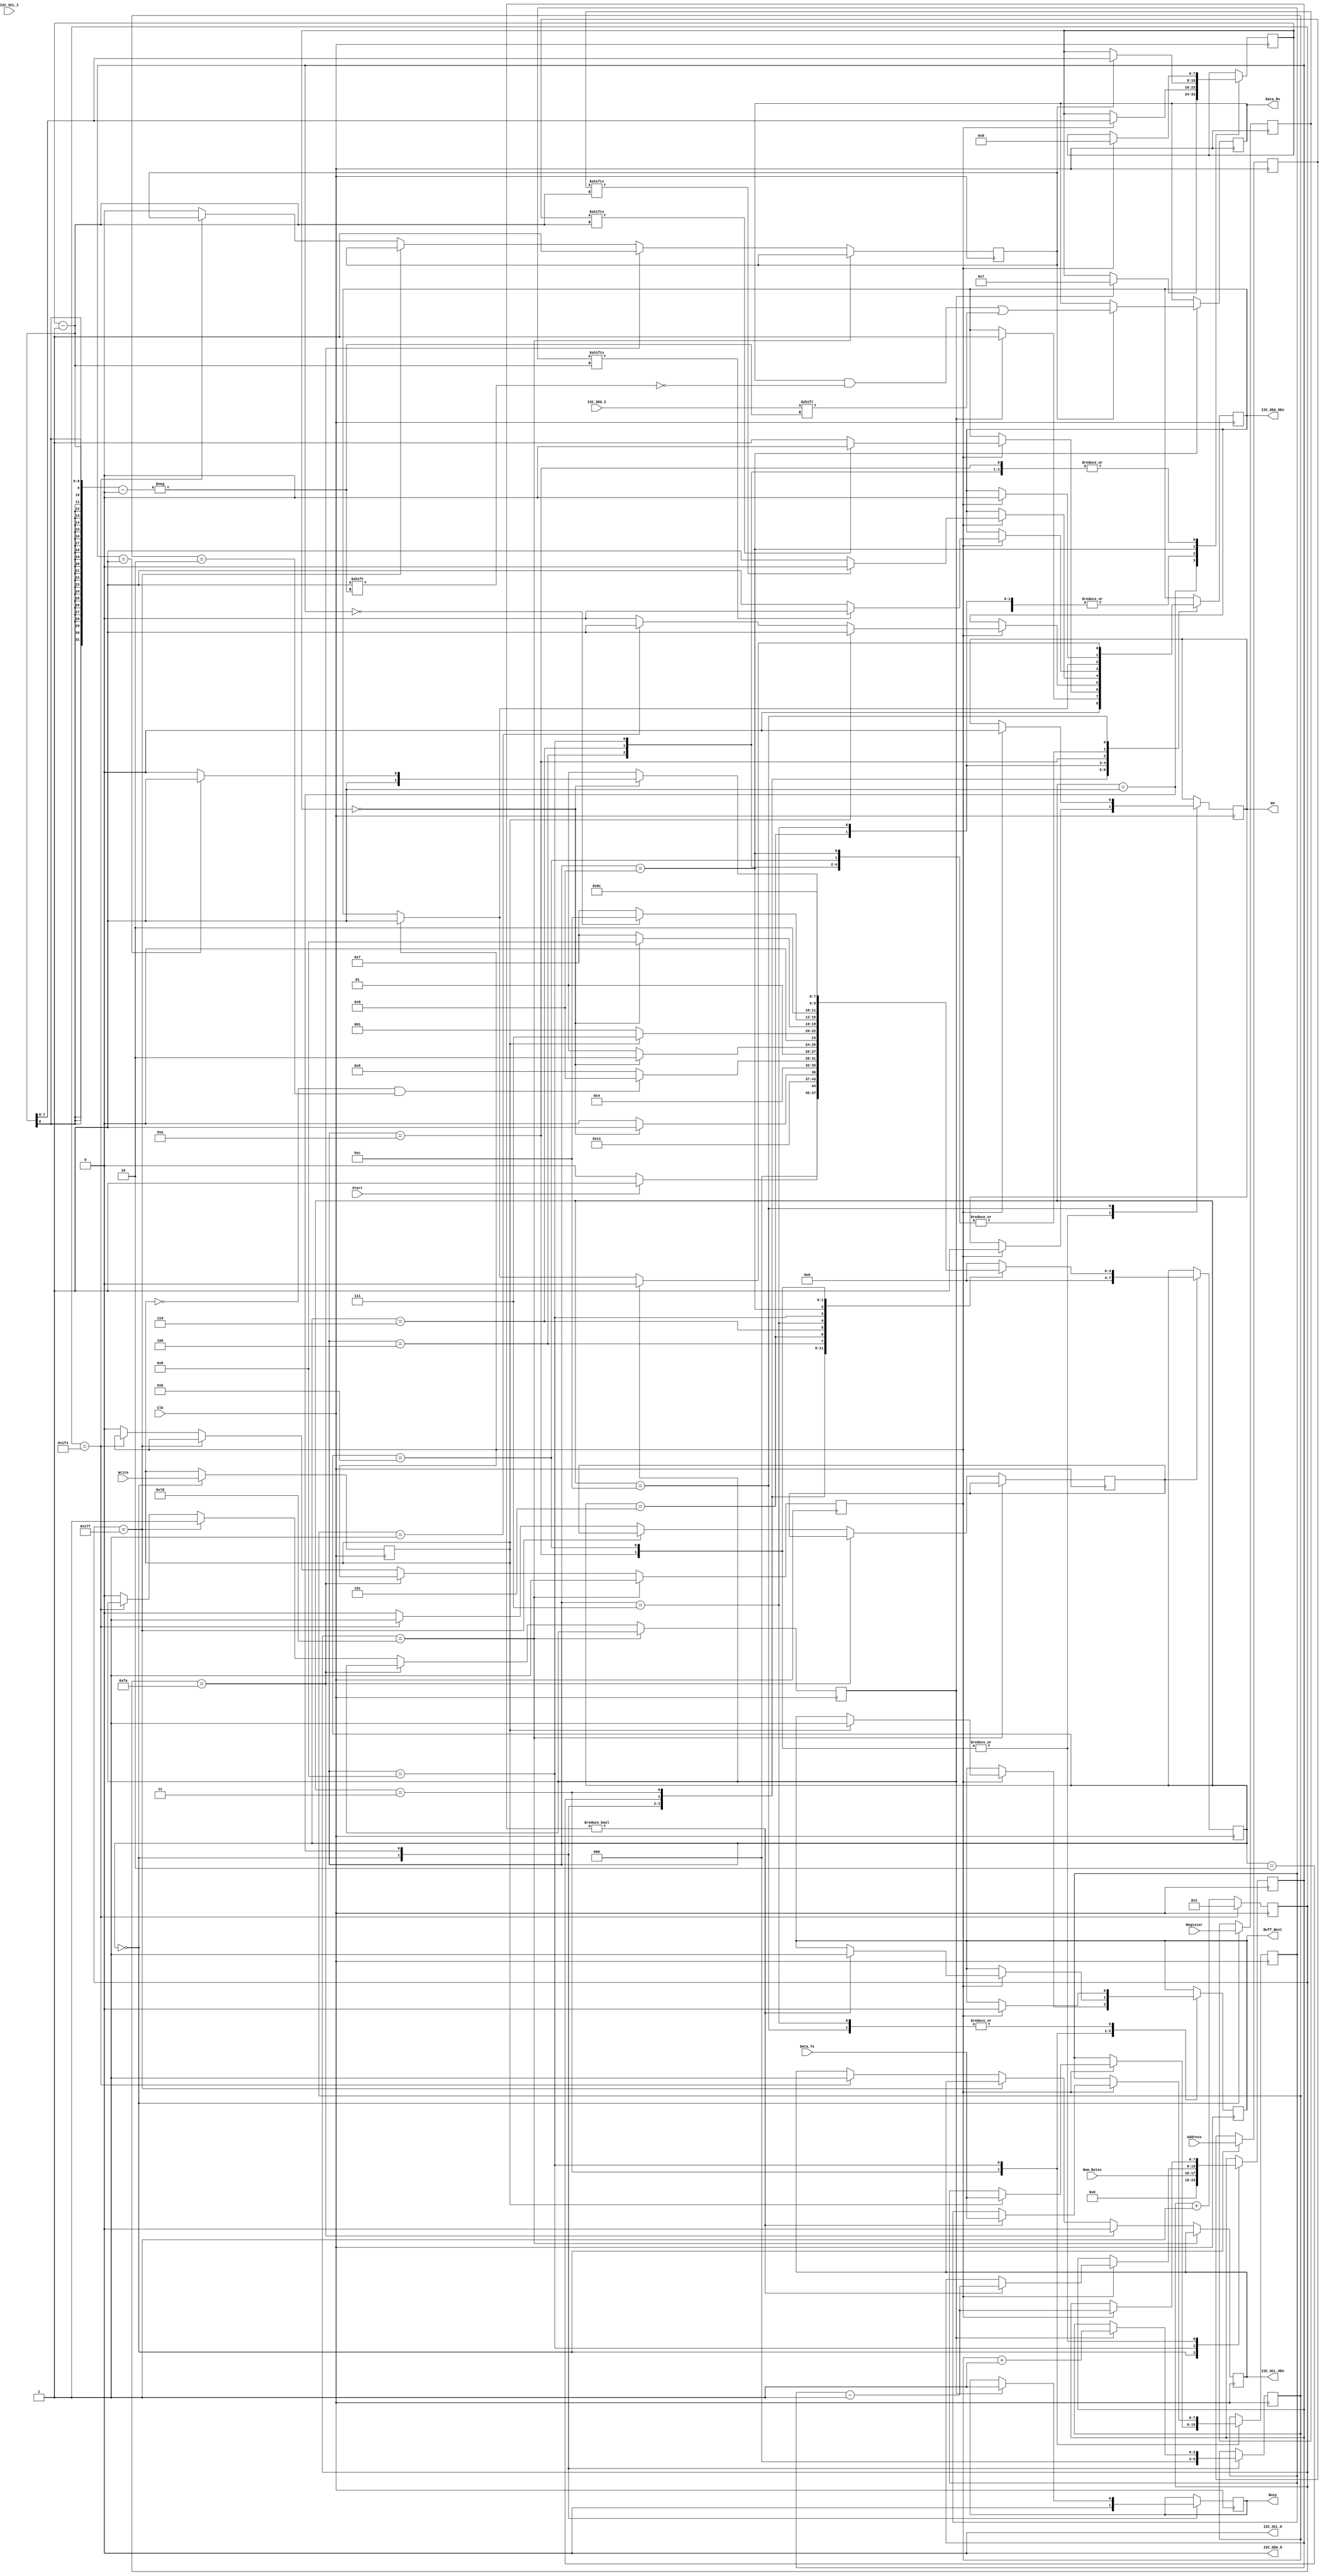
module I2C_Master (
	input Clk,
	input Start,				//Start Transfer
	input Write,				//Read or Write Transfer
	input [1:0] Num_Bytes,	//How many bytes to transfer
	input [6:0] Address,		//Slave Address
	input [7:0] Register,	//Slave Register Address
	output reg Buff_Next,	//Finished writing a byte-Buffer input for write
	output reg DV,				//Finished reading a byte-Buffer output for read
	output reg Busy,			//Finished Transfer
	

	output reg I2C_SDA_OEn,	//SDA Tristate drive control
	output I2C_SDA_O,			//SDA Tristate out - Hardwire to 0
	input I2C_SDA_I,			//SDA Tristate In
	output reg I2C_SCL_OEn,	//SCL Tristate drive control
	output I2C_SCL_O,			//SDA Tristate out - Hardwire to 0
	input I2C_SCL_I,			//SDA Tristate In - For reading Slave Busy	
	
	input [7:0] Data_Tx,		//Data to transmit over I2C
	output reg [7:0] Data_Rx		//Data received over I2C
);

//=======================================================
//  States
//=======================================================
localparam STATE_IDLE 				= 8'd0;
localparam STATE_START 				= 8'd1;
localparam STATE_ADDRESS 			= 8'd2;
localparam STATE_RW 					= 8'd3;
localparam STATE_ACK_ADDR	 		= 8'd4;
localparam STATE_REGISTER		 	= 8'd5;
localparam STATE_ACK_REG	 		= 8'd6;
localparam STATE_WRITE		 		= 8'd7;
localparam STATE_ACK_WR		 		= 8'd8;
localparam STATE_READ				= 8'd9;
localparam STATE_ACK_R		 		= 8'd10;
localparam STATE_NACK	 			= 8'd11;
localparam STATE_STOP		 		= 8'd12;

//=======================================================
//  Internal Registers
//=======================================================

reg [7:0] state = STATE_IDLE;
reg [7:0] next_state = STATE_IDLE;

reg ack = 0;

reg write_reg = 0;
reg [6:0] address_reg = 0;
reg [7:0] register_reg = 0;
reg [7:0] data_TX_reg = 0;


reg [16:0] clock_count = 0;
reg drive_pulse = 0;
reg start_stop_pulse = 0;
reg poll_pulse = 0;
reg case_pulse = 0;

//reg start;
reg [2:0] c_start = 0;
reg [7:0] c_bit = 0;
reg [7:0] c_byte = 0;

assign I2C_SDA_O = 0;
assign I2C_SCL_O = 0;

//=======================================================
//  State Machine
//	- Uses master Clk and 3 counter generated edges: drive_pulse, start_stop_pulse, poll_pulse
//	- poll_pulse aligns with SCL and sets edge timing for polling SDA
//	- drive_pulse leads SCL by 25% and drives or releases SDA line
//	- start_stop_pulse lags SCL by 25% to drive SDA low while SCL is high for start/stop condition
//=======================================================
always @ (posedge Clk) begin
	if(case_pulse)
		state <= next_state; //Only change states on SDA change timing
end

always @ (*) begin	
	case(state) //Refer to state machine diagram
		STATE_IDLE:
		begin	
			if(Start == 1)
				next_state = STATE_START;
			else
				next_state = STATE_IDLE;
		end
		
		STATE_START:
		begin
			next_state = STATE_ADDRESS;
		end
		
		STATE_ADDRESS:
		begin
			if (c_bit == 0)
				next_state = STATE_RW;
			else
				next_state = STATE_ADDRESS;
		end
		
		STATE_RW:
		begin
			next_state = STATE_ACK_ADDR;
		end
		
		STATE_ACK_ADDR:
		begin
			if (write_reg == 0 & c_start == 2)
				next_state = STATE_READ;
			else
				next_state = STATE_REGISTER;
		end

		STATE_REGISTER:
		begin
			if (c_bit == 0)
				next_state = STATE_ACK_REG;
			else
				next_state = STATE_REGISTER;
		end

		STATE_ACK_REG:
		begin
			if(write_reg == 0)
				next_state = STATE_START;
			else
				next_state = STATE_WRITE;
		end
	
		STATE_WRITE:
		begin
			if (c_bit == 0)
				next_state = STATE_ACK_WR;
			else 
				next_state = STATE_WRITE;
		end
	
		STATE_ACK_WR:
		begin
			if (c_byte == 0)
				next_state = STATE_STOP;
			else
				next_state = STATE_WRITE;
		end
		
		STATE_READ:
		begin
			if (c_bit == 0) begin
				if (c_byte == 1) //Fix this
					next_state = STATE_NACK;
				else
					next_state = STATE_ACK_R;
			end
			else
				next_state = STATE_READ;
		end
		
		STATE_ACK_R:
		begin
			next_state = STATE_READ;

		end
		
		STATE_NACK:
		begin
			next_state = STATE_STOP;
		end
		
		STATE_STOP:
		begin
			next_state <= STATE_IDLE;
		end
		
		default: next_state <= STATE_IDLE;
		
	endcase
end


always @ (posedge Clk) begin

	case(state)
		//==================================
		// Idle State - Register Inputs on Start
		STATE_IDLE:
		begin
			ack <= 0;
			Busy <= 0;
			c_start = 0;
			c_byte <= Num_Bytes;
			write_reg <= Write;
			address_reg <= Address;
			register_reg <= Register;	
			I2C_SDA_OEn <= 0; 
		end
		
		//==================================
		// Drive SDA - Assert (Logic Low) Start Bit While SCL High
		STATE_START:
		begin
			if(start_stop_pulse) begin	
				c_bit <= 7;
				c_start = c_start + 1;
				I2C_SDA_OEn <= 1;
				Busy <= 1;
				ack <= 0;
			end
		end
		
		//==================================
		// Drive SDA - Address, MSB First
		STATE_ADDRESS:
		begin
			if(drive_pulse) begin
				if(address_reg[c_bit-1]) //Output
					I2C_SDA_OEn <= 0; //Pull-up pulls high
				else
					I2C_SDA_OEn <= 1; //Drive low
				c_bit <= c_bit - 1;
			end
		end
		
		//==================================
		// Drive SDA - Set Read/Write Bit
		STATE_RW:
		begin
			if(drive_pulse) begin
				if(write_reg) begin
					I2C_SDA_OEn <= 1; //Drive low (I2C-Low sets write)
					Buff_Next <= 1;
					data_TX_reg <= Data_Tx;
				end
				else begin
					if(c_start == 1)
						I2C_SDA_OEn <= 1;
					else
						I2C_SDA_OEn <= 0; //Pull-up pulls high for read
				end
			end
		end
		
		//==================================
		// Poll SDA - Slave Acknowledge Address
		STATE_ACK_ADDR:
		begin
			if(drive_pulse) begin
				I2C_SDA_OEn <= 0; //Release line
				c_bit <= 8;
			end
			if(poll_pulse) begin
				ack <= I2C_SDA_I; //Poll SDA Line
			end
		end

		//==================================
		// Drive SDA - Select Register	
		STATE_REGISTER:
		begin
			if(drive_pulse) begin
				if (register_reg[c_bit-1]) //Output
					I2C_SDA_OEn <= 0; //Pull-up pulls high
				else
					I2C_SDA_OEn <= 1; //Drive low
				c_bit <= c_bit - 1;
				ack <= 0;
			end
		end

		//==================================
		// POLL SDA - Same Output as ACK_ADDR		
		STATE_ACK_REG:
		begin
			if(drive_pulse) begin
				I2C_SDA_OEn <= 0; //Release line
				c_bit <= 8;
			end
			if(poll_pulse) begin
				ack <= I2C_SDA_I; //Poll SDA Line
			end
		end

		//==================================
		// Drive SDA - Write Byte Of Data		
		STATE_WRITE:
		begin
			if(drive_pulse) begin
				if (data_TX_reg[c_bit-1]) //Output
					I2C_SDA_OEn <= 0; //Pull-up pulls high
				else
					I2C_SDA_OEn <= 1; //Drive low
				c_bit <= c_bit - 1;
				Buff_Next <= 0;
				ack <= 0;
			end
		end

		//==================================
		// POLL SDA - Slave Acknowledge Byte Written		
		STATE_ACK_WR:
		begin
			if(drive_pulse) begin
				if(c_byte != 0) begin
					c_byte <= c_byte - 1;
					Buff_Next <= 1;
					data_TX_reg <= Data_Tx;
				end
				I2C_SDA_OEn <= 0; //Release line
				c_bit <= 8;
			end
			if(poll_pulse) begin
				ack <= I2C_SDA_I; //Poll SDA Line
			end
		end
		
		//==================================
		// POLL SDA - Read Byte Of Data
		STATE_READ:
		begin
			if(drive_pulse) begin
				I2C_SDA_OEn <= 0; //Release line
			end
			if(poll_pulse) begin
				Data_Rx[c_bit-1] <= I2C_SDA_I; //Poll SDA Line
				c_bit <= c_bit - 1;
			end
		end
		
		//==================================
		// Drive SDA - Master Acknowledge Byte Read
		STATE_ACK_R:
		begin
			if(drive_pulse) begin
				DV <= 1;
				I2C_SDA_OEn <= 1;
				c_bit <= 8;
				c_byte <= c_byte - 1;
			end
		end
		
		//==================================
		// Drive SDA - Master No Acknowledge Ends Read	
		STATE_NACK:
		begin
			if(drive_pulse) begin
				DV <= 1;
				I2C_SDA_OEn <= 0;
				c_byte <= c_byte - 1;
			end
		end
		
		//==================================
		// Drive SDA - Assert End Condition	
		STATE_STOP:
		begin
			if(drive_pulse) begin
				Buff_Next <= 0;
				DV <= 0;
				I2C_SDA_OEn <= 1;
			end
			if(start_stop_pulse)
				I2C_SDA_OEn <= 0;
		end
		
	endcase
end


//=======================================================
//  I2C Timing Signal Generation
//=======================================================
always @ (posedge Clk) begin
	//counter block
	if(clock_count == 500)
		clock_count <= 1;
	else
		clock_count <= clock_count+1;
	//timings	
	if(clock_count == 125) begin
		drive_pulse <= 1;
	end
	else if(clock_count == 250) begin
		poll_pulse <=1;
		I2C_SCL_OEn <= 0;
	end
	else if(clock_count == 375) begin
		start_stop_pulse <= 1;
	end
	else if(clock_count == 500) begin
		case_pulse <= 1;
		I2C_SCL_OEn <= 1;
	end
	else begin
		drive_pulse <= 0;
		poll_pulse <= 0;
		start_stop_pulse <= 0;
		case_pulse <= 0;
	end	
end

endmodule